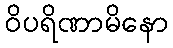
ဝိပရိဏာမိနော